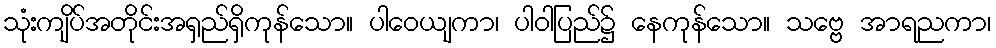
သုံးကျိပ်အတိုင်းအရှည်ရှိကုန်သော။ ပါဝေယျကာ၊ ပါဝါပြည်၌ နေကုန်သော။ သဗ္ဗေ အာရညကာ၊